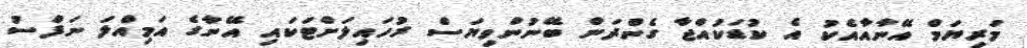
މަރިޔަމް އޭނާއާއެކު އެ ކުޑަކުއްޖާ ގެންދަން ބޭނުންވިޔަސް ރުހައިލަށްޓަކައި އޭނާގެ އަމިއްލަ ނަފްސު